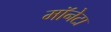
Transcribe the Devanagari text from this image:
मॉनेटा